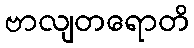
ဗာလျတရောတိ